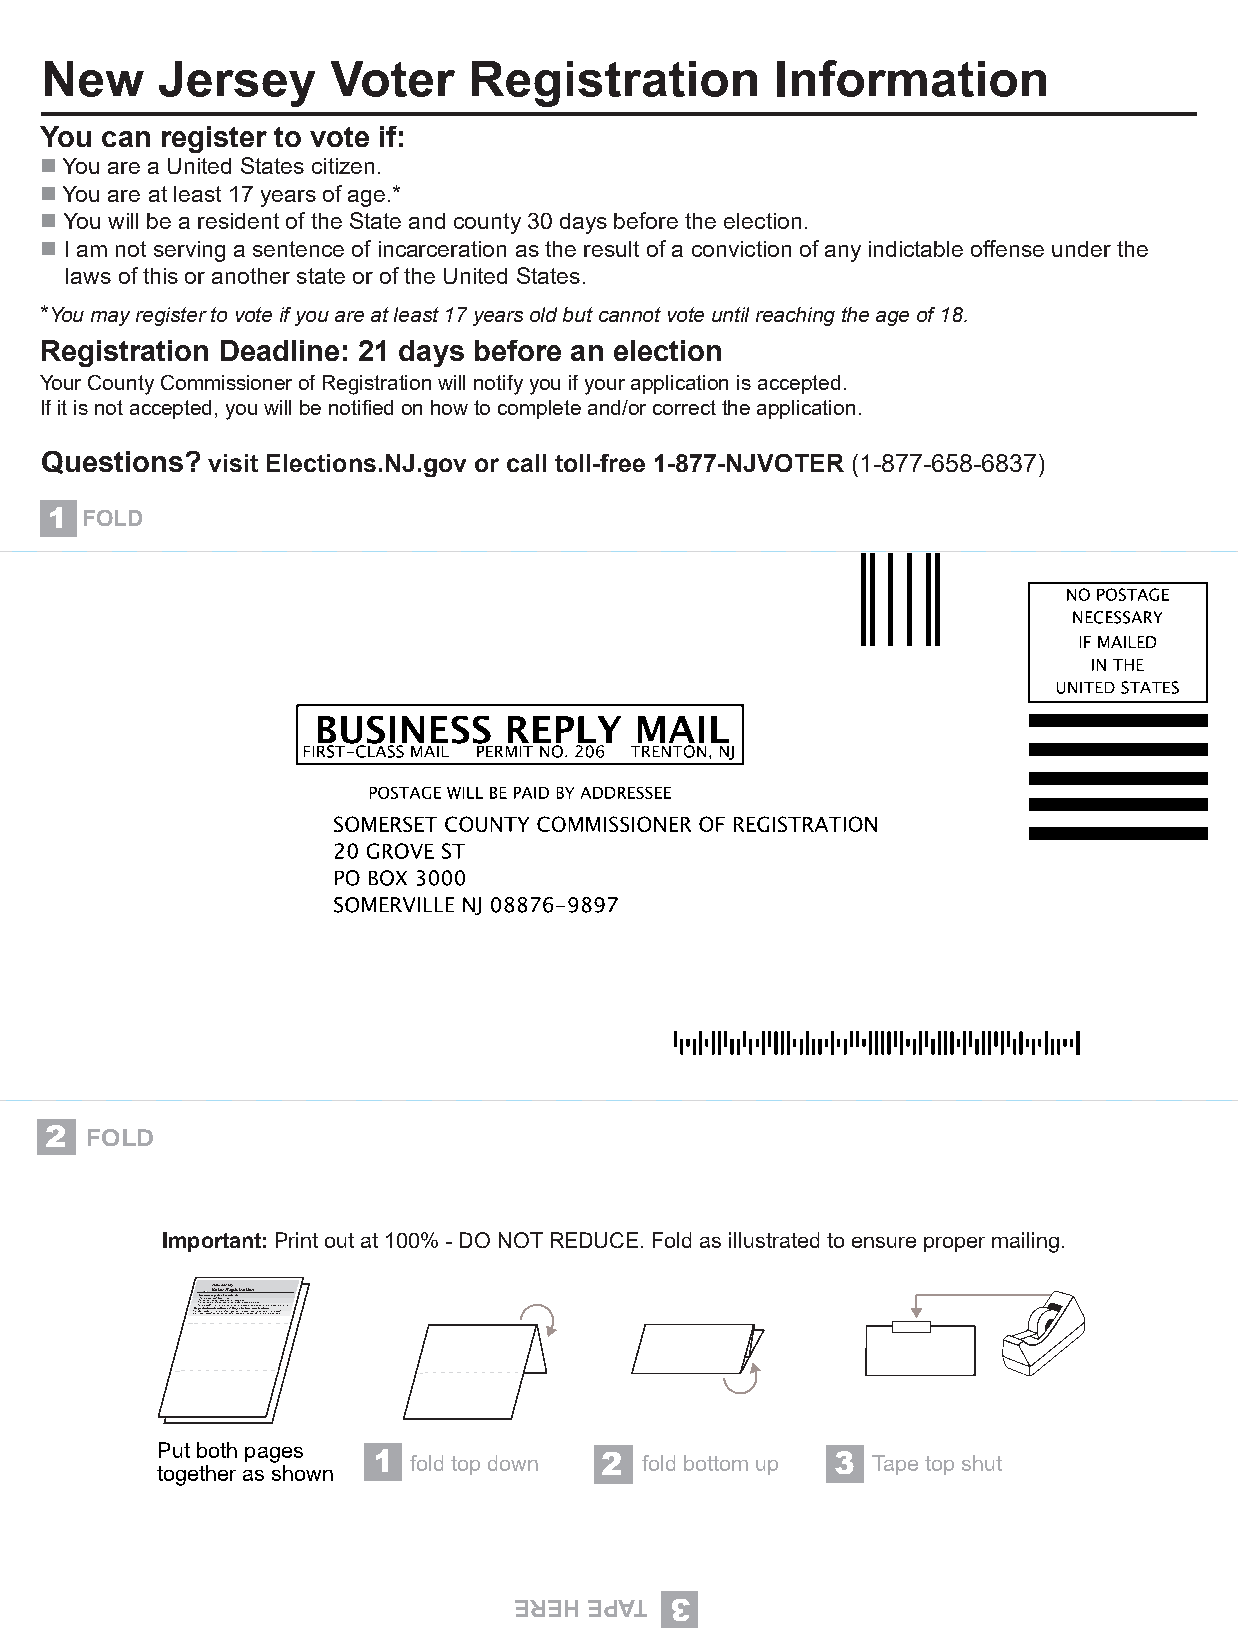
New    Jersey      Voter    Registration        Information
 You can register to vote if:
 n You are a United States citizen.
 n You are at least 17 years of age.*
 n You will be a resident of the State and county 30 days before the election.
 n I am not serving a sentence of incarceration as the result of a conviction of any indictable offense under the
 laws of this or another state or of the United States.
 *You may register to vote if you are at least 17 years old but cannot vote until reaching the age of 18.
 Registration Deadline: 21 days before an election
 Your County Commissioner of Registration will notify you if your application is accepted.
 If it is not accepted, you will be notified on how to complete and/or correct the application.
 Questions? visit Elections.NJ.gov or call toll-free 1-877-NJVOTER (1-877-658-6837)
 1 FOLD
 2  FOLD
 Important: Print out at 100% - DO NOT REDUCE. Fold as illustrated to ensure proper mailing.
 VNoetwe Jre Rrseeygistration
 IYf Rion tn uen in srY Y gY CnYooYoiooousou tu uu u a atn w wr crtac ei yclairl l e aelN C btpb On ea oite oe mT aU d1r n mcn ,8re ue i y ity sDrsge ore sid e udi iea o n s eS wr natnst lt iy ea t le do l r tos befr lo fe esa i ftrn ght vc Rneo eii eont e i t bgcz g:iv foey iia s2e unot tdhns r1t a eet oye t n in n do3t ee nhi 0axn f o wtdcy: w ee ia ls ll,y te no spc bo r ctbo ti eoo ieb fymnffao oyt pri oeo lreu net t h eio fe raap y e noanl dureo /rc oe lt ae rio lp cben poe lcric cra etau citiots o e tnnh o eisf a a ap cf pce leil co pan ttey io dc n.o .nviction
 FOLD
 SNOI3 T8 C9 E9 L-5 E2 6 F8 O0 NJ4ON0 I3N
 S
 XO IVOT IDNB E JONRPT
 FOLD            FOLD
 Put both pages
 1 fold top down 2 fold bottom up 3 Tape top shut
 together as shown
 EREH EPAT 3